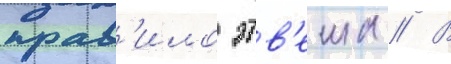
прав'ило этв'еша // В